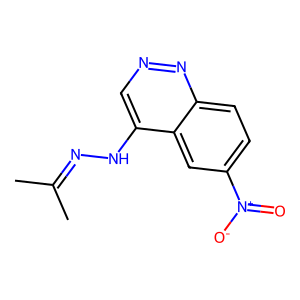
SMILES: CC(C)=NNc1cnnc2ccc([N+](=O)[O-])cc12
Inhibits HIV replication: No